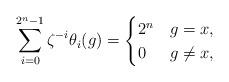
LaTeX: \begin{align*}\sum_{i=0}^{2^n-1}\zeta^{-i}\theta_i(g)=\begin{cases}2^n&g=x,\\0&g\neq x,\end{cases}\end{align*}